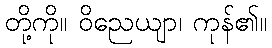
တို့ကို။ ဝိညေယျာ၊ ကုန်၏။